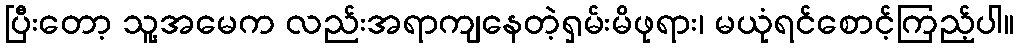
ပြီးတော့ သူ့အမေက လည်းအရာကျနေတဲ့ရှမ်းမိဖုရား၊ မယုံရင်စောင့်ကြည့်ပါ။